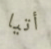
أتيا